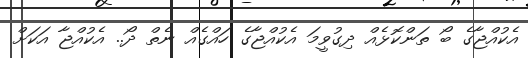
އެކުއްޖާގެ ބޯ ތަންކޮޅެއް ދިގުވީމަ އެކުއްޖާގެ ހައްގެއް ނެތް ދޯ.. އެކުއްޖާ އަކަށް